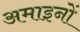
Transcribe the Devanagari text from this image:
अमाइनों